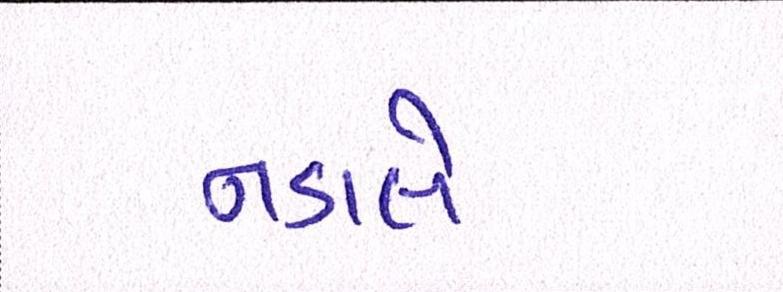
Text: નડાલે